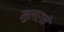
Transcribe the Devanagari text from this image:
मुलरने